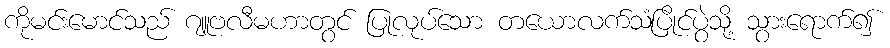
ကိုမင်းမောင်သည် ဂျူဗလီမဟာတွင် ပြုလုပ်သော တယောလက်သံပြိုင်ပွဲသို့ သွားရောက်၍